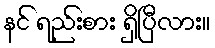
နင် ရည်းစား ရှိပြီလား။